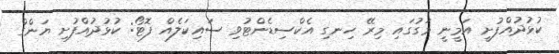
ކުޅުދުއްފުށީ އަމީނީ މަގުގައި މިރޭ ހިނގި އެކްސިޑެންޓުވި ސައިކަލެއް ފޮޓޯ: ކުޅުދުއްފުށި ޔަންގް